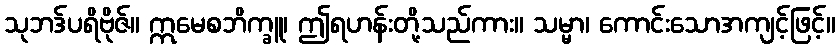
သုဘဒ်ပရိဗိုဇ်။ ဣမေစဘိက္ခူ၊ ဤရဟန်းတို့သည်ကား။ သမ္မာ၊ ကောင်းသောအကျင့်ဖြင့်။